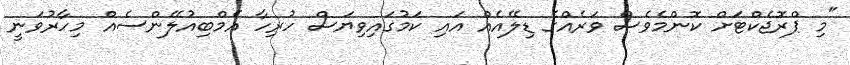
"މި ޕްރޮޖެކްޓަށް ކޮންމެވެސް ވަރެއްގެ ޑިލޭއެއް އައި ކަމުގައިވިޔަސް ހުރިހާ އެމްބިއުލޭންސެއް މިހާރުވަނީ